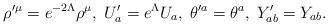
LaTeX: \begin{align*}\rho'^{\mu}=e^{-2\Lambda}\rho^\mu, \; U'_a=e^\Lambda U_a, \; \theta'^{a}=\theta^{a}, \; Y'_{ab}=Y_{ab}.\end{align*}